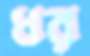
ধর